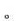
。